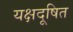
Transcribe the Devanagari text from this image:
यक्षदूषित